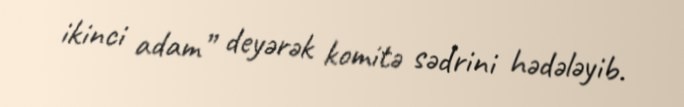
ikinci adam” deyərək komitə sədrini hədələyib.